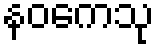
နဝကေသု